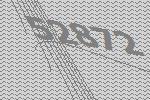
52872